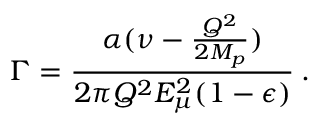
\Gamma = \frac { \alpha ( \nu - \frac { Q ^ { 2 } } { 2 M _ { p } } ) } { 2 \pi Q ^ { 2 } E _ { \mu } ^ { 2 } ( 1 - \epsilon ) } \: .